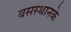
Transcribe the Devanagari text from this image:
बसस्थानके